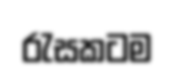
රැසකටම